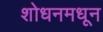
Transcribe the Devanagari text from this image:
शोधनमधून